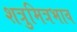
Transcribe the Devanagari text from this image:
शत्रुमित्रभाव